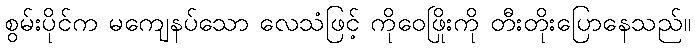
စွမ်းပိုင်က မကျေနပ်သော လေသံဖြင့် ကိုဝေဖြိုးကို တီးတိုးပြောနေသည်။